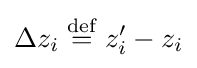
\Delta z_{i}\;{\stackrel {\mathrm {def} }{=}}\;z_{i}'-z_{i}